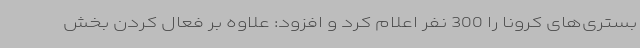
بستری‌های کرونا را 300 نفر اعلام کرد و افزود: علاوه بر فعال کردن بخش